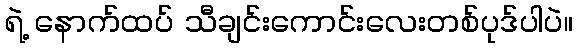
ရဲ့ နောက်ထပ် သီချင်းကောင်းလေးတစ်ပုဒ်ပါပဲ။